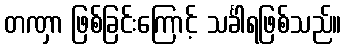
တဏှာ ဖြစ်ခြင်းကြောင့် သင်္ခါရဖြစ်သည်။